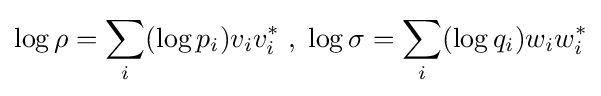
\log \rho =\sum _{i}(\log p_{i})v_{i}v_{i}^{*}\;,\;\log \sigma =\sum _{i}(\log q_{i})w_{i}w_{i}^{*}